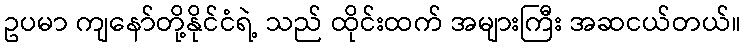
ဥပမာ ကျနော်တို့နိုင်ငံရဲ့ သည် ထိုင်းထက် အများကြီး အဆငယ်တယ်။